Vaccination United Provinces of Agra and Oudh 1923-1928 - 1923-1928
Year: 1923
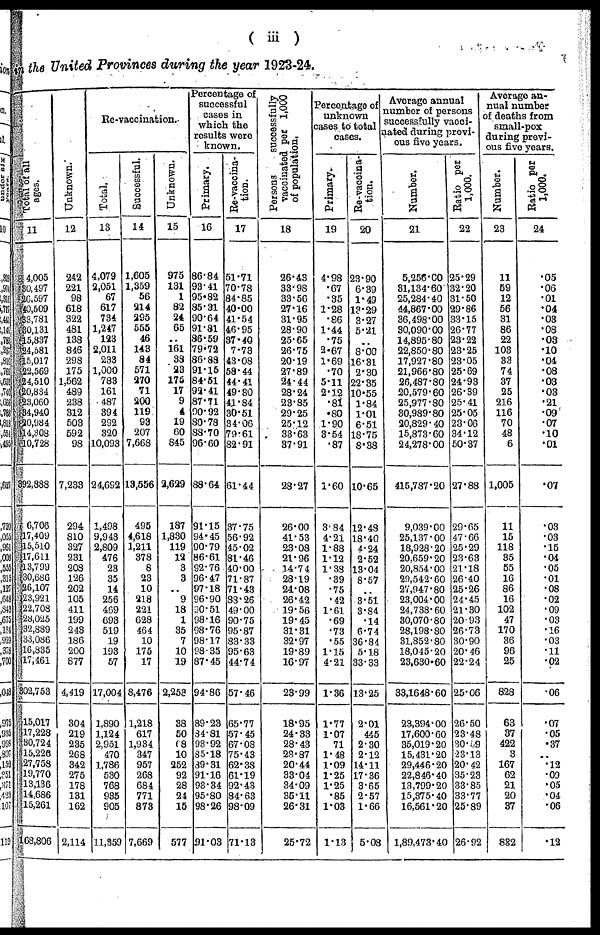
( iii)
the United Provinces during the year 1923-24.
Total of all
ages.
11
4,005
30,497
26,597
40,509
33,781
30,131
15,837
24,581
15,017
22,569
24,510
20,834
23,060
34,94,0
20,984
14,308
10,728
392,888
6,706
17,409
15,510
17,611
13,799
30,686
26,107
23,921
22,708
28,025
32,889
33,086
16,835
17,461
302,753
15,017
17,228
30,724
15,226
27,758
19,770
13,136
14,686
15,261
68,806
Unknown.
12
242
221
98
618
322
481
138
846
298
175
1,562
489
238
312
508
592
98
7,233
294
810
327
231
208
126
202
105
411
199
243
186
200
877
4,419
304
219
235
268
342
275
178
131
162
2,114
Re-vaccination.
Total.
13
4,079
2,051
67
617
734
1,247
123
2,011
233
1,000
783
161
487
394
292
320
10,093
24,692
1,498
9,943
2,809
476
23
35
14
256
469
693
519
19
193
57
17,004
1,890
1,124
2,951
470
1,786
530
768
935
905
11,559
Successful.
14
1,605
1,359
56
214
295
555
46
148
84
571
270
71
200
119
93
207
7,668
13,556
495
4,618
1,211
378
8
23
10
218
221
628
464
10
175
17
8,476
1,218
617
1,934
347
957
268
684
771
878
7,669
Unknown.
15
975
131
1
82
24
65
..
161
38
23
175
17
9
4
19
60
845
2,629
187
1,830
119
12
3
3
..
9
18
1
35
7
10
19
2,253
38
50
68
10
252
92
28
24
15
577
Percentage of
successful
cases in
which the
results were
known.
Primary.
16
86.84
93.41
95.82
85.31
90.64
91.81
86.59
79.72
86.88
91.15
84.51
92.41
87.71
90.92
80.78
88.70
96.60
88.64
91.15
94.45
90.79
86.61
92.76
96.47
97.18
96.90
90.51
98.16
98.76
98.17
98.35
87.45
94.86
89.23
84.81
93.92
85.18
89.31
91.16
93.34
95.80
98.26
91. 03
Re-vaccina¬
tion.
17
51.71
70.78
84.85
40.00
41.54
46.95
87.40
7.73
43.08
58.44
44.41
49.30
41.84
30.51
34.06
79.61
82.91
61.44
37.75
56.92
45.02
81.46
40.00
71.87
71.43
88.26
49.00
90.75
95.87
83.33
95.63
44.74
57.46
65.77
57.45
67.08
75.43
62.38
61.19
92.43
84.63
98.09
71.13
Persons
successfully
vaccinated per 1,000
of population.
18
26.43
33.98
33.56
27.16
31.95
28.90
25.65
26.75
20.19
27.89
24.44
28.24
28.85
29.25
25.12
33.63
37.91
28.27
26.00
41.53
23.03
21.96
14.74
28.19
24.08
26.42
19.56
19.45
31.31
32.97
19.89
16.97
23.99
18.95
24.33
28.43
23.87
20.44
33.04
34.09
36.11
26.31
25.72
Percentage of
unknown
cases to total
cases.
Primary.
19
4.98
.67
.35
1.28
.86
1.44
.75
2.67
1.69
.70
5.11
2.12
.81
.80
1.90
3.54
.87
1.60
3.84
4.21
1.88
1.12
1.38
.39
.75
.42
1.61
.69
.73
.55
1.15
4.21
1.36
1.77
1.07
71
1.48
1.09
1.25
1.25
.85
1.03
1.13
Re-vaccina¬
tion.
20
23.90
6.39
1.49
13.29
3.27
5.21
..
8.00
16.31
2.30
22.35
10.55
1.84
1.01
6.51
18.75
8.38
10.65
12.48
18.40
4.24
2.52
13.04
8.57
..
3.51
3.84
.14
6.74
36.84
5.18
33.33
13.25
2.01
445
2.30
2.12
14.11
17.36
3.65
2.57
1.66
5.08
Average annual
number of persons
successfully vacci¬
nated during previ-
ous five years.
Number.
21
5,256.60
31,134.60
25,284.40
44,867.00
36,498.00
30,090.00
14,895.80
22,850.80
17,927.80
21,966.80
26,487.80
20,579.60
25,977.80
30,989.80
20,829.40
15,373.60
24,278.00
415,787.20
9,039.00
25,137.00
18,928.20
20,659.20
20,854.00
29,542.60
27,947.80
23,004.00
24,738.60
30,070.80
28,198.80
31,852.80
18,045.20
23,630.60
33,1648.60
23,394.00
17,600.60
35,019.20
15,431.20
29,446.20
22,846.40
13,799.20
15,375.40
16,561.20
1,89,473.40
Ratio per
1,000.
22
25.29
32.20
31.50
29.86
33.15
26.77
23.22
23.25
23.05
25.69
24.93
26.39
25.41
25.05
23.06
34.12
50.87
27.88
29.65
47.66
25.29
23.63
21.18
26.40
25.26
24.45
21.30
20.93
26.73
30.90
20.46
22.24
25.06
26.50
23.48
30.59
23.13
20.42
35.23
33.85
33.77
25.89
26.92
Average an-
nual number
of deaths from
small-pox
during previ-
ous five years.
Number.
23
11
59
12
56
31
86
22
103
33
74
37
25
216
116
70
48
6
1,005
11
15
118
35
55
16
86
16
102
47
170
36
96
25
828
63
37
422
3
167
62
21
20
37
882
Ratio per
1,000.
24
.05
.06
.01
.04
.03
.08
.03
.10
.04
.08
.03
.03
.21
.09
.07
.10
.01
.07
.03
.03
.15
.04
.05
.01
.08
.02
.09
.03
.16
.03
.11
.02
.06
.07
.05
.37
..
.12
.09
.05
.04
.06
.12